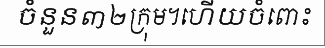
ចំនួន៣២ក្រុម។ហើយចំពោះ